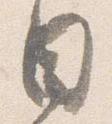
日